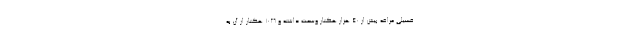
فسیلی مراغه بیش از 40 هزار هکتار وسعت داشته و 1026 هکتار از آن به